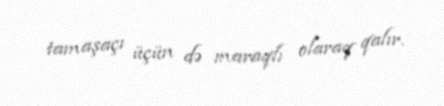
tamaşaçı üçün də maraqlı olaraq qalır.